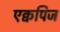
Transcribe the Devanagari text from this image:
एक्वपिज